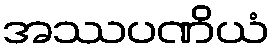
အဿပဏိယံ